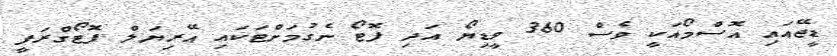
ޑީޖޭއައި އޮސްމޯއަކީ ވެސް 360 ވީޑިޔޯ އަދި ފޮޓޯ ނެގުމަށްޓަކައި އޭރިޔަލް ފޮޓޯގްރަފީ